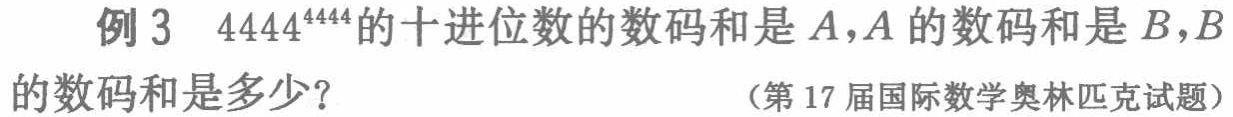
例 3 \(4444^{4444}\)的十进位数的数码和是\(A\)，\(A\)的数码和是\(B\)，\(B\)的数码和是多少？

（第 17 届国际数学奥林匹克试题）